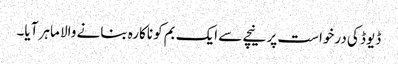
ڈیوڈ کی درخواست پر نیچے سے ایک بم کو ناکارہ بنانے والا ماہر آیا۔